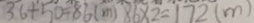
3 6 + 5 0 = 8 6 ( m ) 8 6 \times 2 = 1 7 2 ( m )